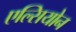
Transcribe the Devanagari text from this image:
एल्सियोन